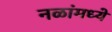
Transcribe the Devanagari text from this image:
नळांमध्ये